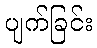
ပျက်ခြင်း